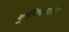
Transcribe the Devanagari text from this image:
कूर्मविभागातील